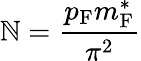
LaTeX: \mathbb{N}={\frac{{p_{\mathrm{{{F}}}}m_{\mathrm{{{F}}}}^{*}}}{{\pi^{2}}}}